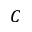
C